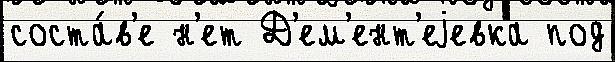
соста́в'е н'ет Д'ем'ент'еjевка под